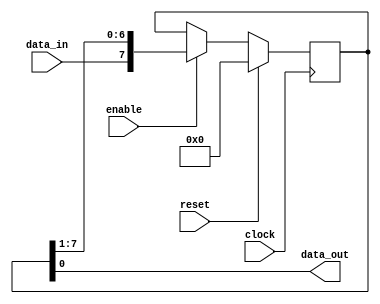
module piso_shift_register (
  input wire clock,
  input wire enable,
  input wire reset,
  input wire data_in,
  output reg data_out
);

reg [7:0] shift_reg;

always @ (posedge clock) begin
  if (reset) begin
    shift_reg <= 8'b0;
  end else if (enable) begin
    shift_reg <= {data_in, shift_reg[7:1]};
  end
end

assign data_out = shift_reg[0];

endmodule